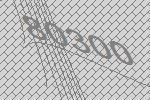
80300